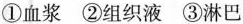
①血浆 ②组织液 ③淋巴